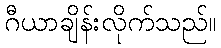
ဂီယာချိန်းလိုက်သည်။